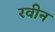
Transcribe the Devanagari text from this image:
रवीन